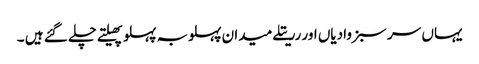
یہاں سر سبز وادیاں اور رریتلے میدان پہلوبہ پہلو پھیلتے چلے گئے ہیں ۔